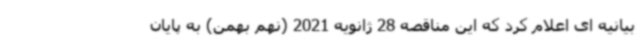
بیانیه ای اعلام کرد که این مناقصه 28 ژانویه 2021 (نهم بهمن) به پایان